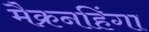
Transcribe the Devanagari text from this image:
मैक्रनहिंगा